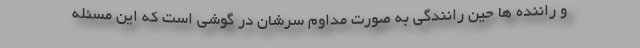
و راننده ها حین رانندگی به صورت مداوم سرشان در گوشی است که این مسئله